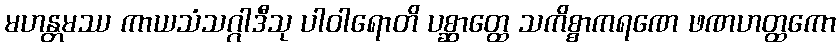
မဟန္တမဿ ကာယသံသဂ္ဂါဒီသု ပါဝါရောတိ ပစ္ဆာတ္ထေ သကိစ္စာကရဏေ ဖဏဟတ္ထကော